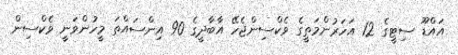
އައްޑޫ ސިޓީގެ 12 އަހަރުންމަތީގެ ވެކްސިންޖެހޭ އާބާދީގެ 90 އިންސައްތަ މީހުންވަނީ ވެކްސިން